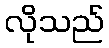
လိုသည်